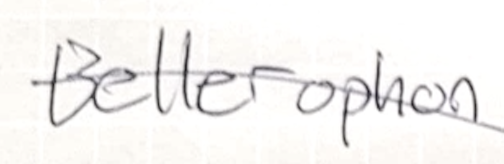
Text: Bellerophon
Cross-out: mix
Writing tool: pencil